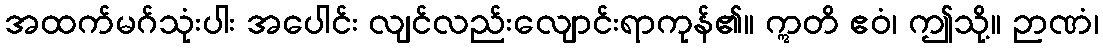
အထက်မဂ်သုံးပါး အပေါင်း လျင်လည်းလျောင်းရာကုန်၏။ ဣတိ ဧဝံ၊ ဤသို့။ ဉာဏံ၊